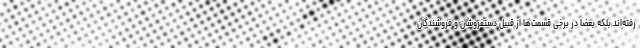
رفته‌اند بلکه بعضا در برخی قسمت‌ها از قبیل دستفروشان و فروشندگان